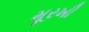
મૂરખી